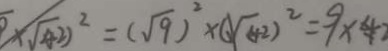
5 \times \sqrt { ( 4 2 ) } ^ { 2 } = ( \sqrt { 9 } ) ^ { 2 } \times ( \sqrt { 4 } ) ^ { 2 } = 9 \times 4